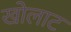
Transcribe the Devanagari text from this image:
खोलाट